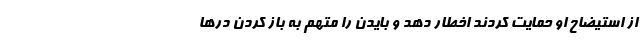
از استیضاح او حمایت کردند اخطار دهد و بایدن را متهم به باز کردن درها